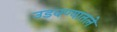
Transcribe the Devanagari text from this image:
उडवण्यातले